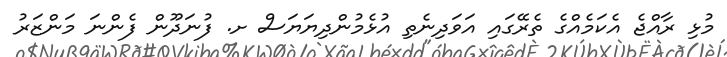
މުޅި ރާއްޖެ އެކަމެއްގެ ތެރޭގައި އަވަދިނެތި އުޅެމުންދިޔަޔަސް ށ. ފުނަދޫން ފެންނަ މަންޒަރު